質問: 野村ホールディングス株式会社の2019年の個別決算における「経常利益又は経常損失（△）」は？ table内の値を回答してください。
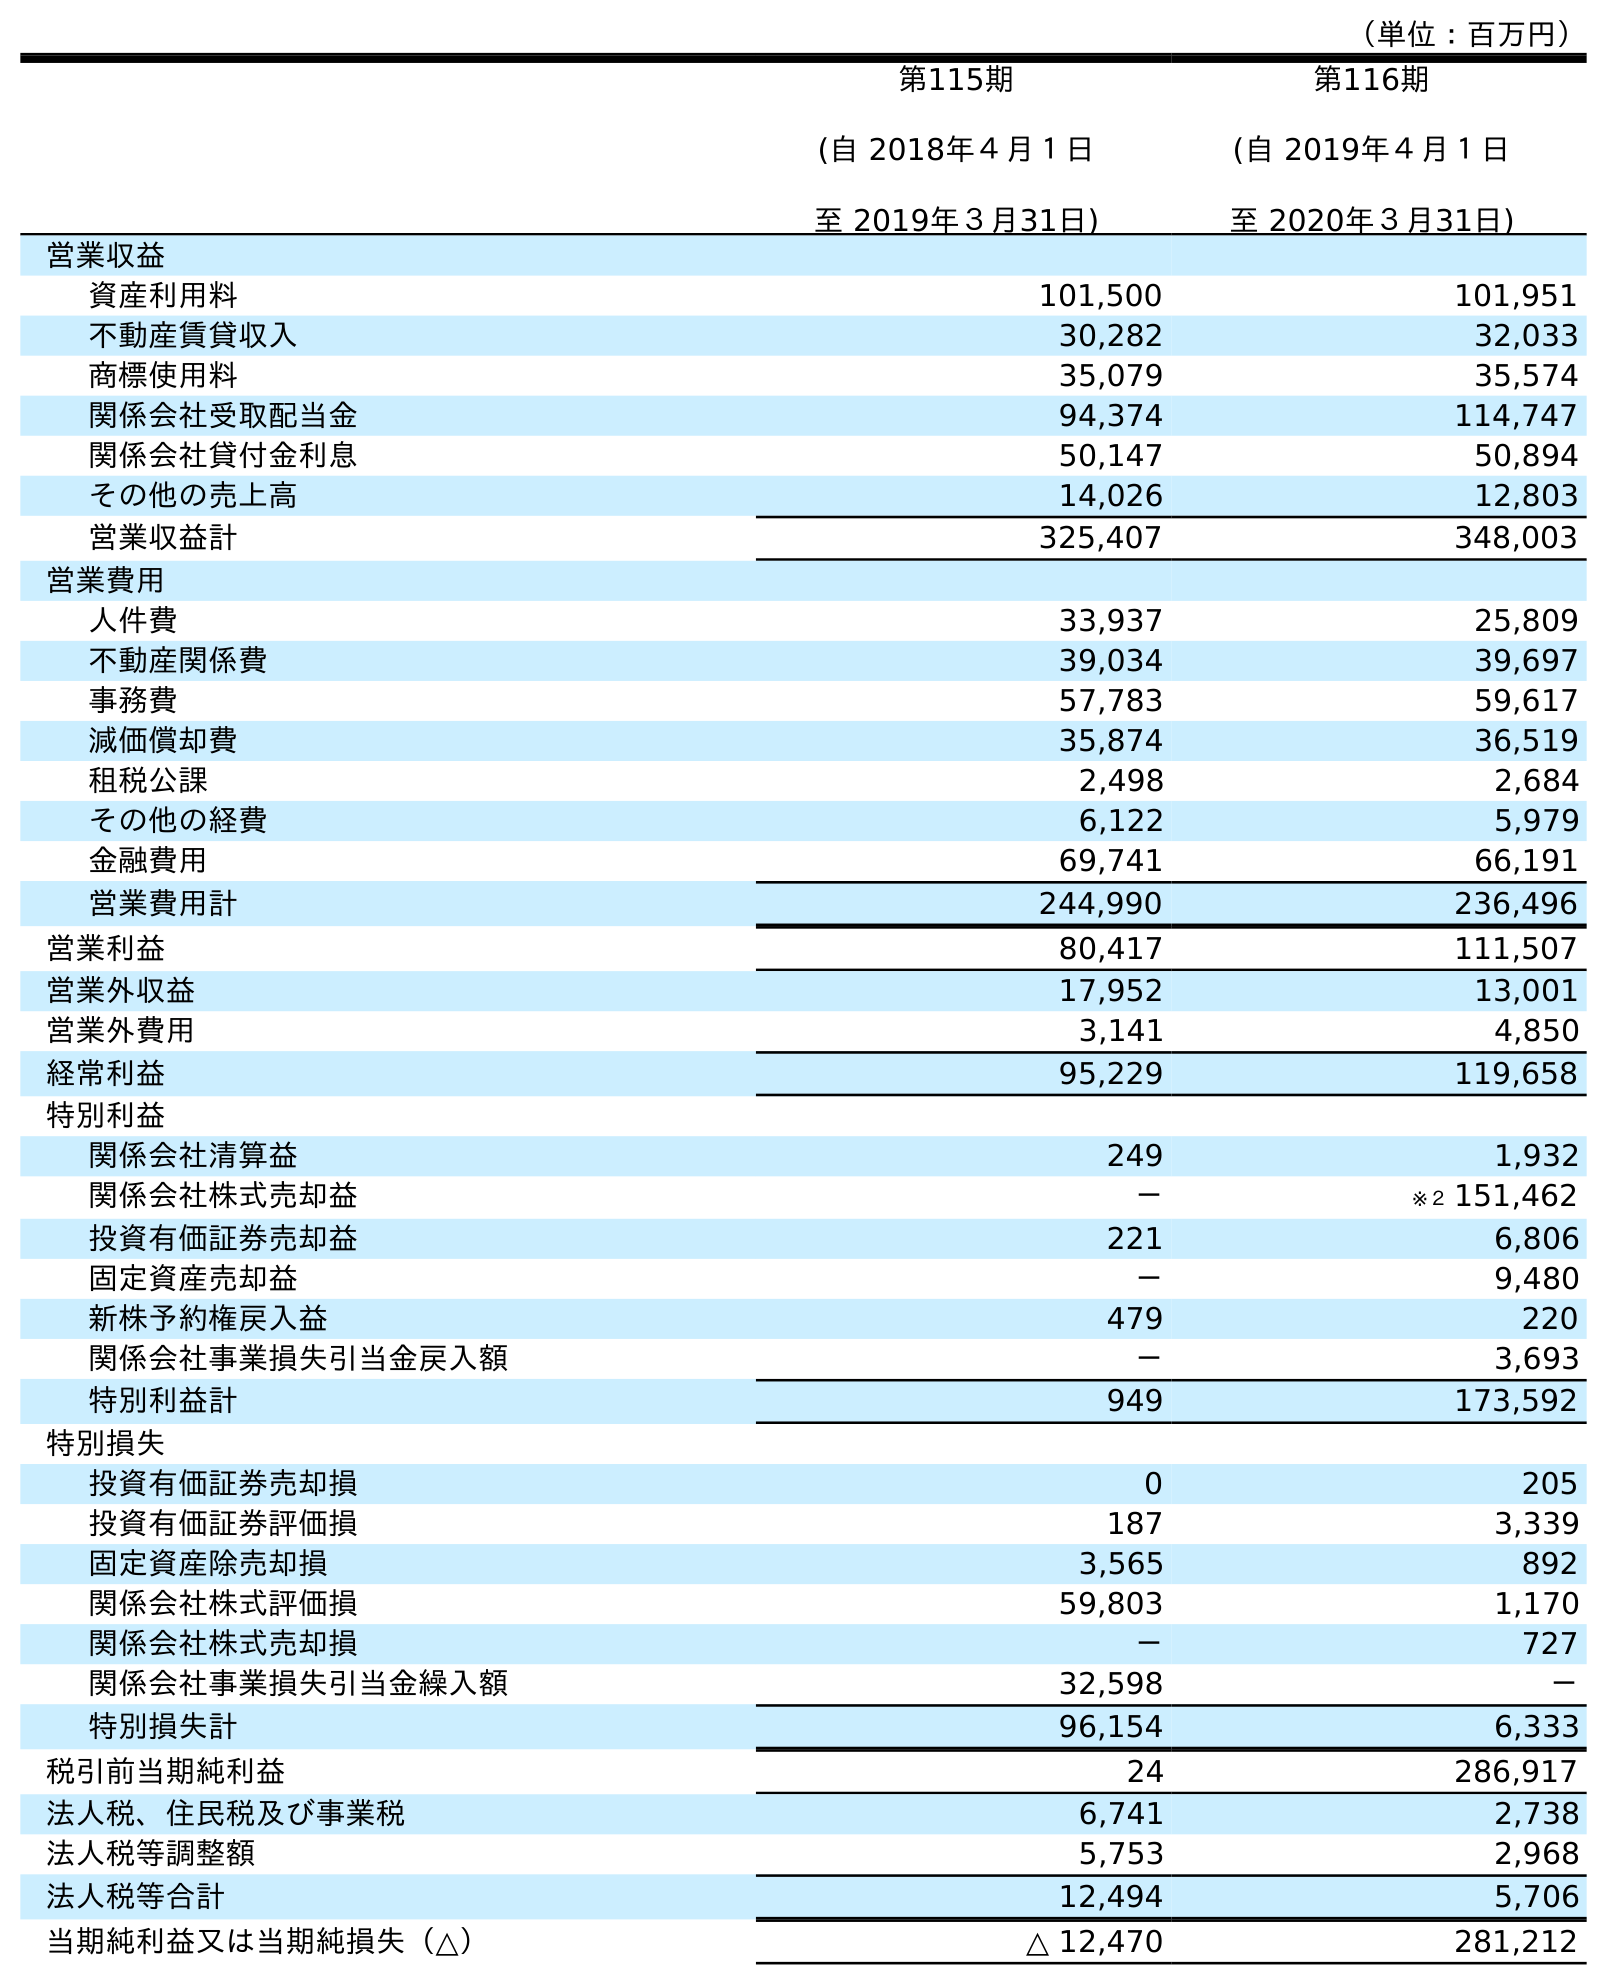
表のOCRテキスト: （単位：百万円） 第115期 (自 2018年４月１日 至 2019年３月31日) 第116期 (自 2019年４月１日 至 2020年３月31日) 営業収益 資産利用料 101,500 101,951 不動産賃貸収入 30,282 32,033 商標使用料 35,079 35,574 関係会社受取配当金 94,374 114,747 関係会社貸付金利息 50,147 50,894 その他の売上高 14,026 12,803 営業収益計 325,407 348,003 営業費用 人件費 33,937 25,809 不動産関係費 39,034 39,697 事務費 57,783 59,617 減価償却費 35,874 36,519 租税公課 2,498 2,684 その他の経費 6,122 5,979 金融費用 69,741 66,191 営業費用計 244,990 236,496 営業利益 80,417 111,507 営業外収益 17,952 13,001 営業外費用 3,141 4,850 経常利益 95,229 119,658 特別利益 関係会社清算益 249 1,932 関係会社株式売却益 － ※２ 151,462 投資有価証券売却益 221 6,806 固定資産売却益 － 9,480 新株予約権戻入益 479 220 関係会社事業損失引当金戻入額 － 3,693 特別利益計 949 173,592 特別損失 投資有価証券売却損 0 205 投資有価証券評価損 187 3,339 固定資産除売却損 3,565 892 関係会社株式評価損 59,803 1,170 関係会社株式売却損 － 727 関係会社事業損失引当金繰入額 32,598 － 特別損失計 96,154 6,333 税引前当期純利益 24 286,917 法人税、住民税及び事業税 6,741 2,738 法人税等調整額 5,753 2,968 法人税等合計 12,494 5,706 当期純利益又は当期純損失（△） △ 12,470 281,212
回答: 95,229